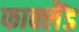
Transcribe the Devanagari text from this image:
फाक्लैंड